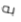
به